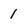
Character: 1